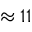
\approx 1 1